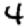
Digit: 4